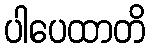
ပါပေထာတိ